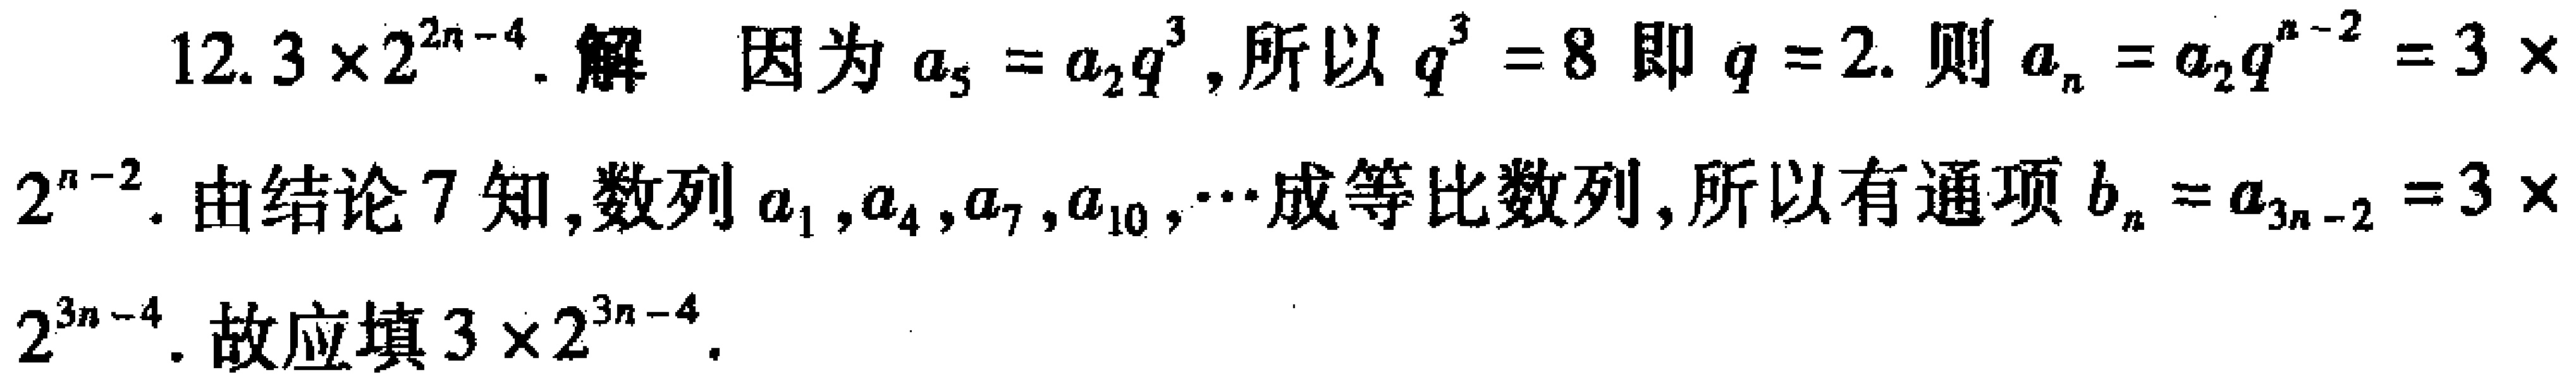
12. \(3\times2^{2n - 4}\). 解 因为\(a_{5}=a_{2}q^{3}\), 所以\(q^{3}=8\)即\(q = 2\). 则\(a_{n}=a_{2}q^{n - 2}=3\times2^{n - 2}\). 由结论7知, 数列\(a_{1},a_{4},a_{7},a_{10},\cdots\)成等比数列, 所以有通项\(b_{n}=a_{3n - 2}=3\times2^{3n - 4}\). 故应填\(3\times2^{3n - 4}\).